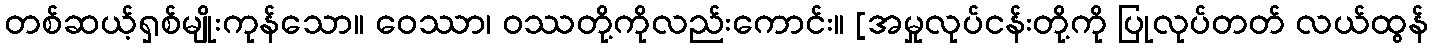
တစ်ဆယ့်ရှစ်မျိုးကုန်သော။ ဝေဿာ၊ ဝဿတို့ကိုလည်းကောင်း။ [အမှုလုပ်ငန်းတို့ကို ပြုလုပ်တတ် လယ်ထွန်